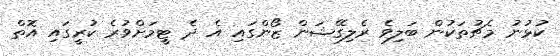
ކުޅުނު މެޗުތަކުން ބަލިވެ ރެލިގޭޝަން ޒޯންގައި އެ ދެ ޓީމަށްވުރެ ކުރީގައި އޮތް